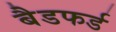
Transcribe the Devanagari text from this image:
बैडफर्ड